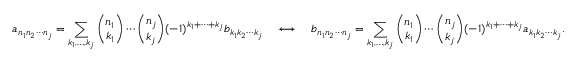
a _ { n _ { 1 } n _ { 2 } \cdots n _ { j } } = \sum _ { k _ { 1 } , \ldots , k _ { j } } { \binom { n _ { 1 } } { k _ { 1 } } } \cdots { \binom { n _ { j } } { k _ { j } } } ( - 1 ) ^ { k _ { 1 } + \cdots + k _ { j } } b _ { k _ { 1 } k _ { 2 } \cdots k _ { j } } \quad \longleftrightarrow \quad b _ { n _ { 1 } n _ { 2 } \cdots n _ { j } } = \sum _ { k _ { 1 } , \ldots , k _ { j } } { \binom { n _ { 1 } } { k _ { 1 } } } \cdots { \binom { n _ { j } } { k _ { j } } } ( - 1 ) ^ { k _ { 1 } + \cdots + k _ { j } } a _ { k _ { 1 } k _ { 2 } \cdots k _ { j } } .